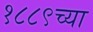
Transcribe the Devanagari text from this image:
१८८९च्या